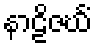
နာဠိဇင်္ဃံ